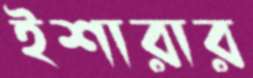
ইশারার